画像に写った文字を読んでください
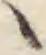
「ヽ」と書いてあります